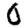
Digit: 0